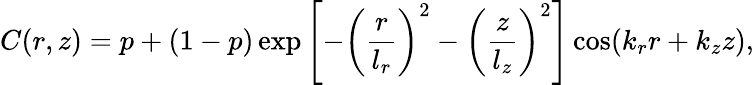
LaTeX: C(r,z)=p+(1-p)\exp\left[-\left(\frac{r}{l_{r}}\right)^{2}-\left(\frac{z}{l_{z}}\right)^{2}\right]\cos(k_{r}r+k_{z}z),